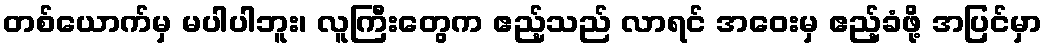
တစ်ယောက်မှ မပါပါဘူး၊ လူကြီးတွေက ဧည့်သည် လာရင် အဝေးမှ ဧည့်ခံဖို့ အပြင်မှာ